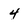
Character: 4